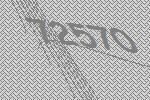
72570